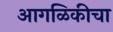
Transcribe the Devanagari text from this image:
आगळिकीचा